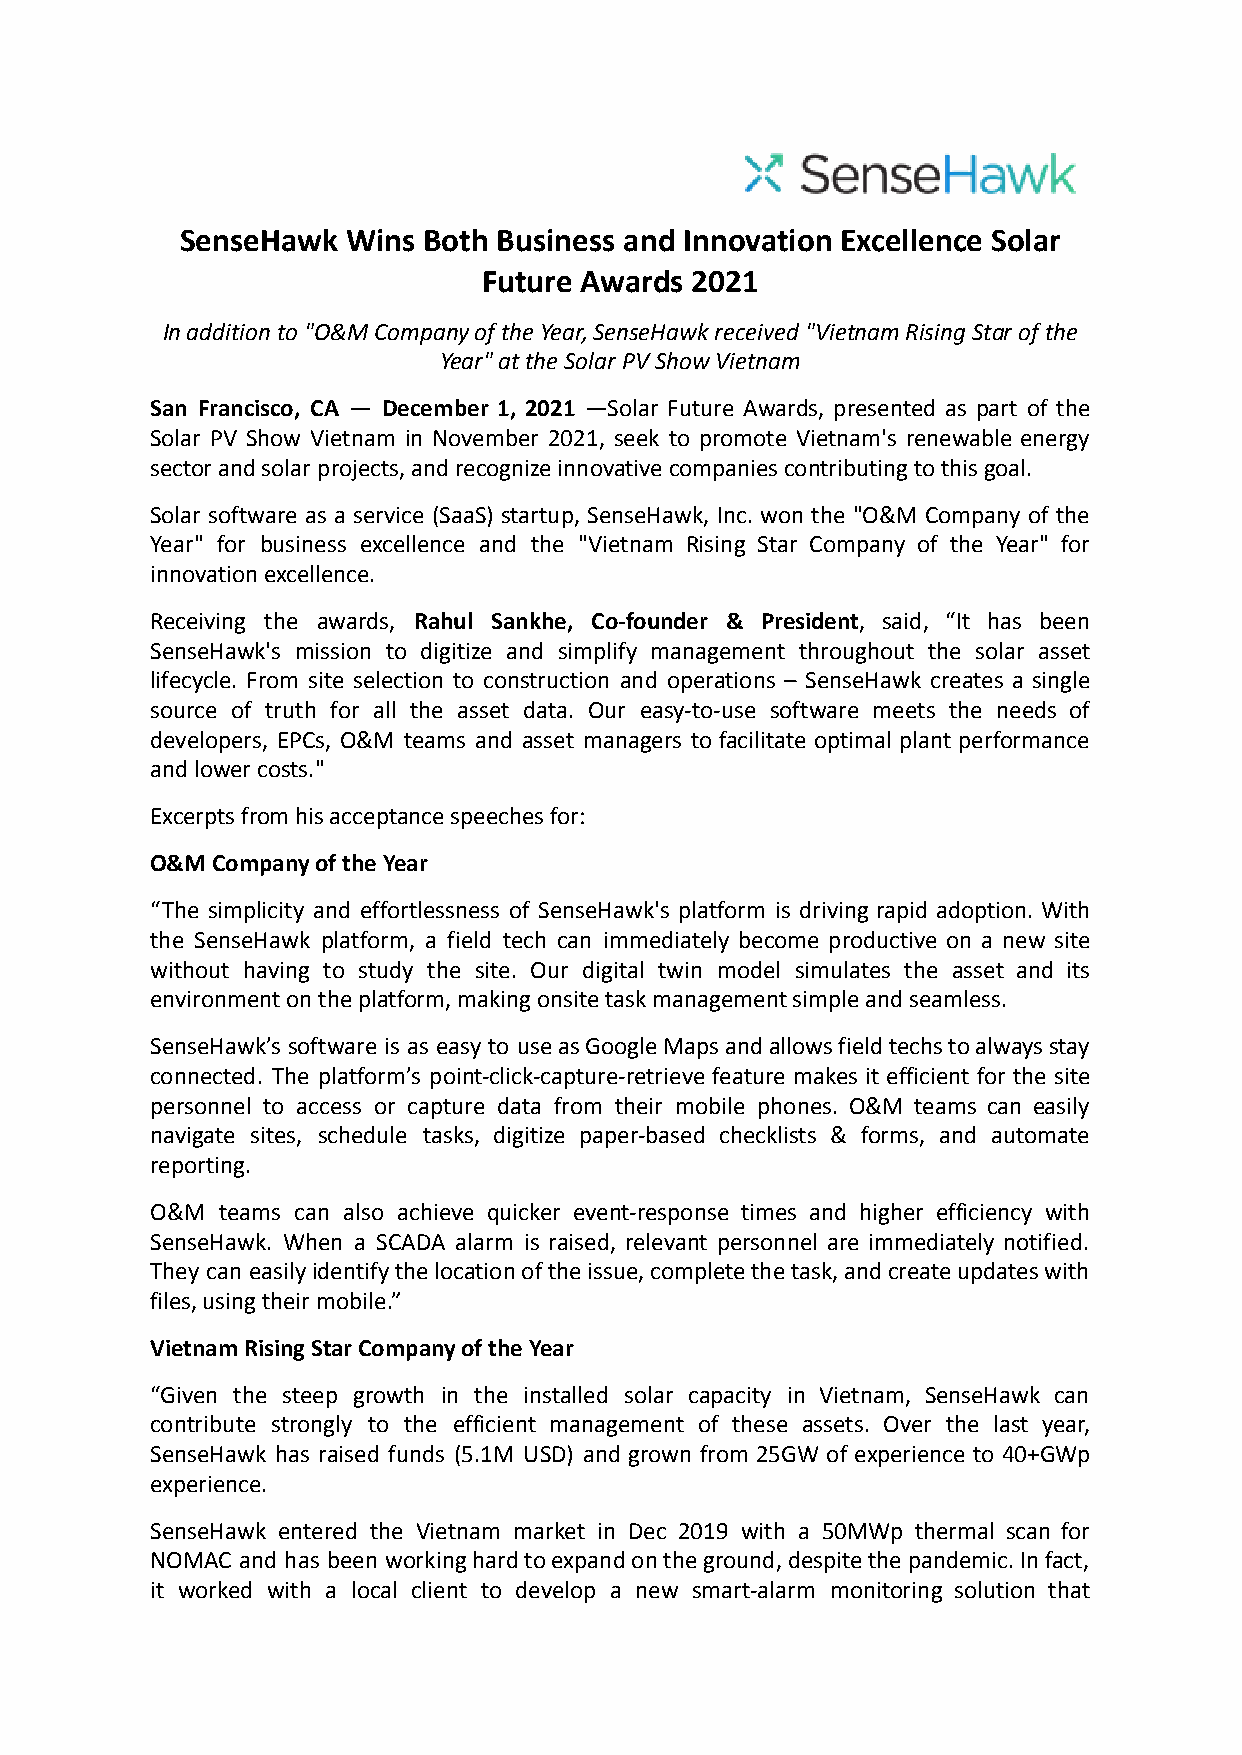
SenseHawk  Wins Both Business and Innovation Excellence Solar
 Future Awards 2021
 In addition to "O&M Company of the Year, SenseHawk received "Vietnam Rising Star of the
 Year" at the Solar PV Show Vietnam
 San Francisco, CA — December 1, 2021 —Solar Future Awards, presented as part of the
 Solar PV Show Vietnam in November 2021, seek to promote Vietnam's renewable energy
 sector and solar projects, and recognize innovative companies contributing to this goal.
 Solar software as a service (SaaS) startup, SenseHawk, Inc. won the "O&M Company of the
 Year" for business excellence and the "Vietnam Rising Star Company of the Year" for
 innovation excellence.
 Receiving the awards, Rahul Sankhe, Co-founder & President, said, “It has been
 SenseHawk's mission to digitize and simplify management throughout the solar asset
 lifecycle. From site selection to construction and operations – SenseHawk creates a single
 source of truth for all the asset data. Our easy-to-use software meets the needs of
 developers, EPCs, O&M teams and asset managers to facilitate optimal plant performance
 and lower costs."
 Excerpts from his acceptance speeches for:
 O&M Company of the Year
 “The simplicity and effortlessness of SenseHawk's platform is driving rapid adoption. With
 the SenseHawk platform, a field tech can immediately become productive on a new site
 without having to study the site. Our digital twin model simulates the asset and its
 environment on the platform, making onsite task management simple and seamless.
 SenseHawk’s software is as easy to useasGoogleMapsandallowsfieldtechstoalwaysstay
 connected. The platform’s point-click-capture-retrieve feature makes it efficient for the site
 personnel to access or capture data from their mobile phones. O&M teams can easily
 navigate sites, schedule tasks, digitize paper-based checklists & forms, and automate
 reporting.
 O&M teams can also achieve quicker event-response times and higher efficiency with
 SenseHawk. When a SCADA alarm is raised, relevant personnel are immediately notified.
 They can easilyidentifythelocationoftheissue,completethetask,andcreateupdateswith
 files, using their mobile.”
 Vietnam Rising Star Company of the Year
 “Given the steep growth in the installed solar capacity in Vietnam, SenseHawk can
 contribute strongly to the efficient management of these assets. Over the last year,
 SenseHawk has raised funds (5.1M USD) and grown from 25GW of experience to 40+GWp
 experience.
 SenseHawk entered the Vietnam market in Dec 2019 with a 50MWp thermal scan for
 NOMAC and has been workinghardtoexpandontheground,despitethepandemic.Infact,
 it worked with a local client to develop a new smart-alarm monitoring solution that